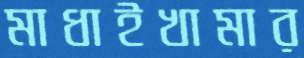
মাধাইখামার